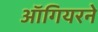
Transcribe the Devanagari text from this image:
ऑगियरने